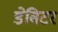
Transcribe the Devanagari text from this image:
डेबिटर